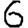
Digit: 6